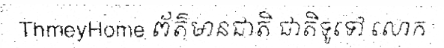
ThmeyHome ព័ត៌មានជាតិ ជាតិទូទៅ លោក